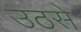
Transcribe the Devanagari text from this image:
उठसे